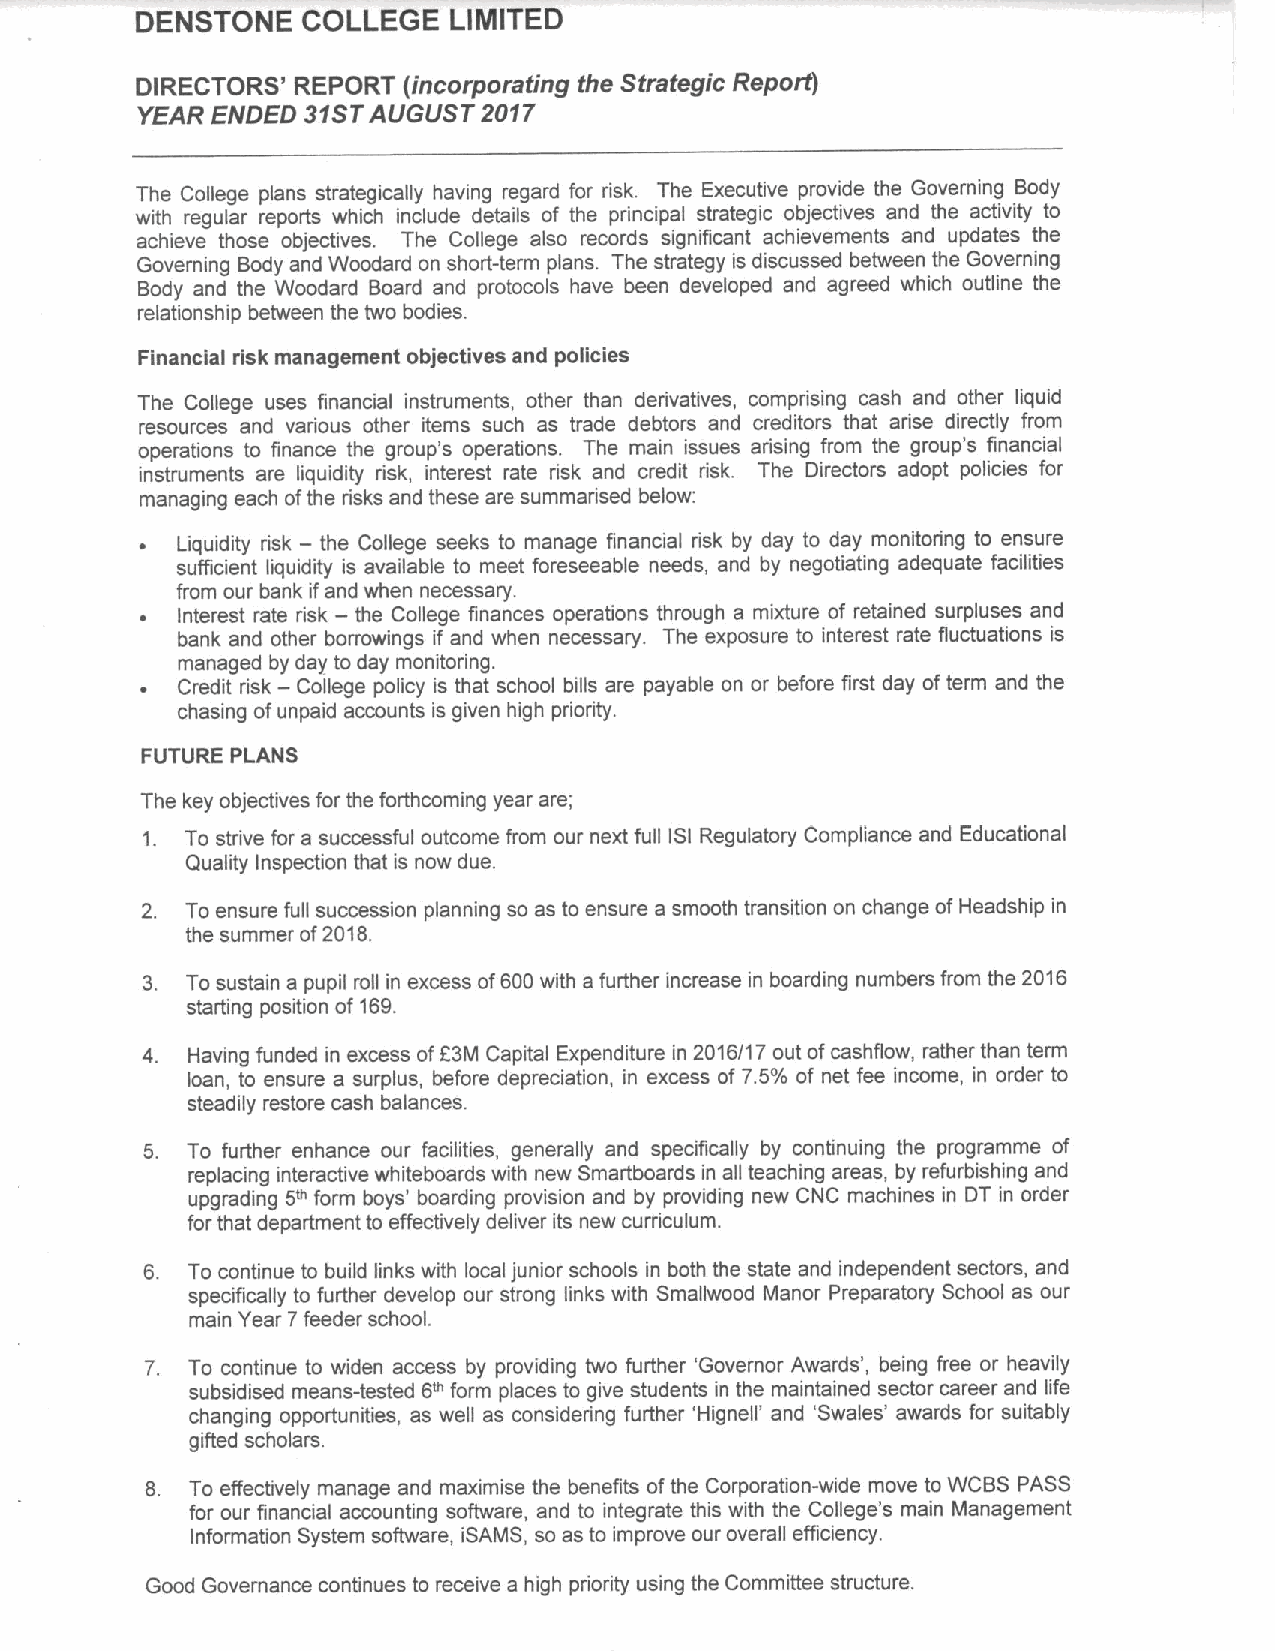
DENSTONE   COLLEGE   LIMITED
 DIRECTORS' REPORT (incorporating the Strategic Reportj
 YEAR ENDED 31STAUGUST  2017
 The College plans strategically having regard for risk. The Executive provide the Governing Body
 with regular reports which include details of the principal strategic objectives and the activity to
 achieve those objectives. The College also records significant achievements and updates the
 Governing Body and Woodard on short-term plans. The strategy is discussed between the Governing
 Body and the Woodard Board and protocols have been developed and agreed which outline the
 relationship between the two bodies.
 Financial risk management objectives and policies
 The College uses financial instruments, other than derivatives, comprising cash and other liquid
 resources and various other items such as trade debtors and creditors that arise directly from
 operations to finance the group's operations. The main issues arising from the group's financial
 instruments are liquidity risk, interest rate risk and credit risk. The Directors adopt policies for
 managing each ofthe risks and these are summarised below:
 ~  Liquidity risk — the College seeks to manage financial risk by day to day monitoring to ensure
 sufficient liquidity is available to meet foreseeable needs, and by negotiating adequate facilities
 from our bank ifand when necessary.
 Interest rate risk — the College finances operations through a mixture of retained surpluses and
 bank and other borrowings if and when necessary. The exposure to interest rate fluctuations is
 managed by day to day monitoring.
 ~  Credit risk — College policy is that school bills are payable on or before first day of term and the
 chasing ofunpaid accounts is given high priority.
 FUTURE PLANS
 The key objectives for the forthcoming year are;
 1. To strive for a successful outcome from our next full ISI Regulatory Compliance and Educational
 Quality Inspection that is now due.
 2. To ensure full succession planning so as to ensure a smooth transition on change of Headship in
 the summer of2018.
 3. Tosustain a pupil roll in excess of600with a further increase in boarding numbers from the 2016
 starting position of 169.
 4. Having funded in excess of63M Capital Expenditure in 2016/17 out ofcashflow, rather than term
 loan, to ensure a surplus, before depreciation, in excess of 7.5% of net fee income, in order to
 steadily restore cash balances.
 5. To further enhance our facilities, generally and specifically by continuing the programme of
 replacing interactive whiteboards with new Smartboards in all teaching areas, by refurbishing and
 upgrading 5'" form boys' boarding provision and by providing new CNC machines in DT in order
 for that department to effectively deliver its new curriculum.
 6. To continue to build links with local junior schools in both the state and independent sectors, and
 specifically to further develop our strong links with Smallwood Manor Preparatory School as our
 main Year 7feeder school.
 7. To continue to widen access by providing two further 'Governor Awards', being free or heavily
 subsidised means-tested 6'" form places to give students in the maintained sector career and life
 changing opportunities, as well as considering further 'Hignell' and 'Swales' awards for suitably
 gifted scholars.
 8. To effectively manage and maximise the benefits ofthe Corporation-wide move to WCBS PASS
 for our financial accounting software, and to integrate this with the College's main Management
 Information System software, iSAMS, so as to improve our overall efficiency.
 Good Governance continues to receive a high priority using the Committee structure.